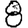
Digit: 8